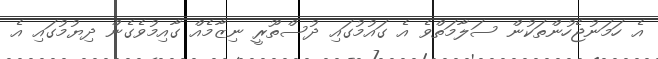
އެ ހަމަނުޖެހުންތަކުން ސަލާމަތްވެ އެ ގައުމުގައި ދުސްތޫރީ ނިޒާމެއް ގާއިމުވެގެން ދިޔުމުގައި އެ